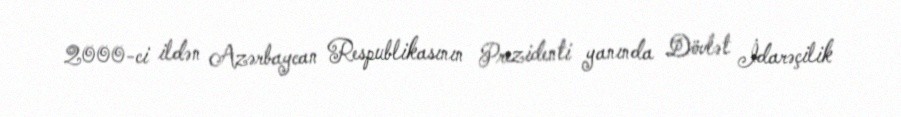
2000-ci ildən Azərbaycan Respublikasının Prezidenti yanında Dövlət İdarəçilik